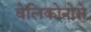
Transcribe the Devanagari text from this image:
वेलिकोनोसे